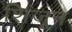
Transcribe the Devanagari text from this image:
शिजून